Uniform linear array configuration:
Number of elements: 32
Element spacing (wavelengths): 0.5
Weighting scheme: hann
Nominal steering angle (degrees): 15
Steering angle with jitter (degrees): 15.44
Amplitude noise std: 0.05
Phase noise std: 0.05

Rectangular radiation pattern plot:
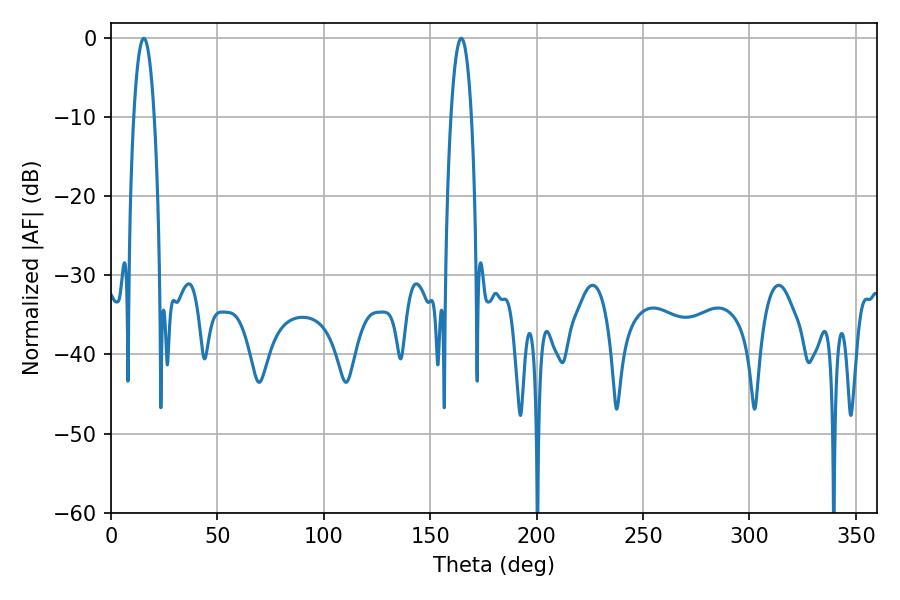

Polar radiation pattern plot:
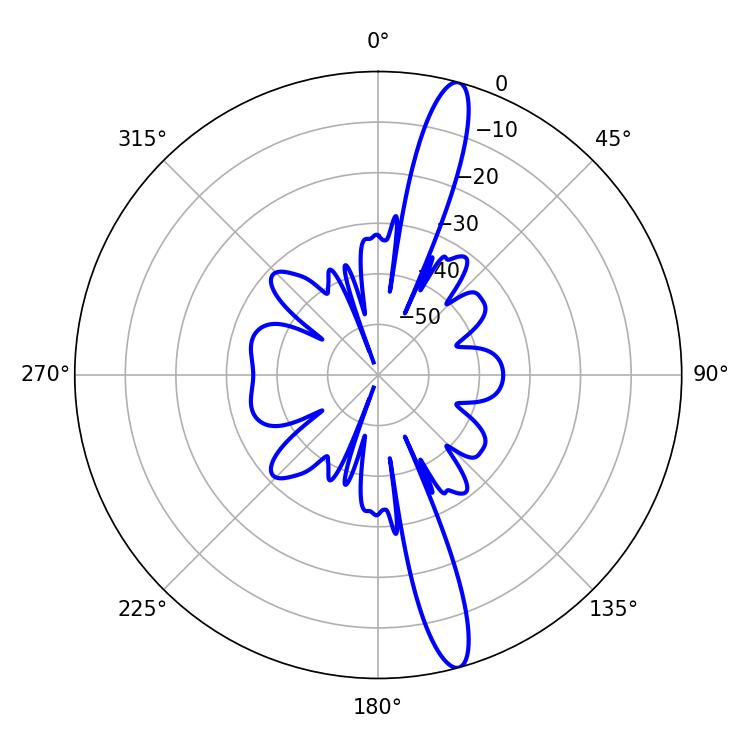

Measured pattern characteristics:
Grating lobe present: FALSE
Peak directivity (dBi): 15.733
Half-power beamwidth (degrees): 5.4
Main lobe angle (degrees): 164.52